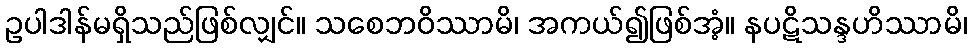
ဥပါဒါန်မရှိသည်ဖြစ်လျှင်။ သစေဘဝိဿာမိ၊ အကယ်၍ဖြစ်အံ့။ နပဋိသန္ဒဟိဿာမိ၊